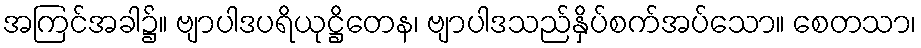
အကြင်အခါ၌။ ဗျာပါဒပရိယုဋ္ဌိတေန၊ ဗျာပါဒသည်နှိပ်စက်အပ်သော။ စေတသာ၊